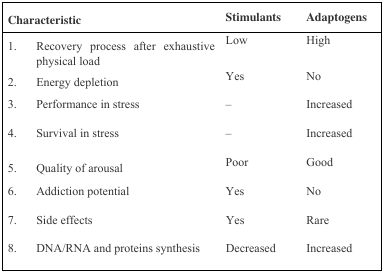
<table><thead><tr><td colspan="2"><b>Characteristic</b></td><td><b>Stimulants</b></td><td><b>Adaptogens</b></td></tr></thead><tbody><tr><td>1. </td><td>Recovery process after exhaustive physical load</td><td>Low</td><td>High</td></tr><tr><td>2. </td><td>Energy depletion</td><td>Yes</td><td>No</td></tr><tr><td>3. </td><td>Performance in stress</td><td>– </td><td>Increased</td></tr><tr><td>4. </td><td>Survival in stress</td><td>– </td><td>Increased</td></tr><tr><td>5. </td><td>Quality of arousal</td><td>Poor</td><td>Good</td></tr><tr><td>6. </td><td>Addiction potential</td><td>Yes</td><td>No</td></tr><tr><td>7. </td><td>Side effects</td><td>Yes</td><td>Rare</td></tr><tr><td>8. </td><td>DNA/RNA and proteins synthesis </td><td>Decreased</td><td>Increased</td></tr></tbody></table>